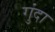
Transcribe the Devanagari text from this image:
गुंदा